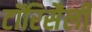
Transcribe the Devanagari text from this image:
टॉरिसैली